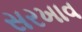
સરખાવ